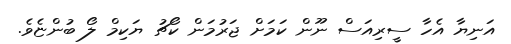
އަނިޔާ އެހާ ސީރިއަސް ނޫން ކަމަށް ޖަރުމަން ކޯޗު ޔަކިމް ލޯ ބުންޏެވެ.